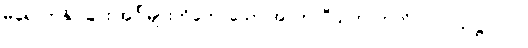
မရောက်နိုင်ခြင်း အင်္ဂါများကိုဟောသော အာတာပီသုတ်၊ ဣတိ-ပါ-၂၁၄၊ ဋ္ဌ-၁၀၀၊